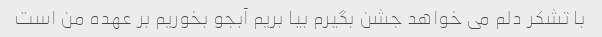
با تشکر دلم می خواهد جشن بگیرم بیا بریم آبجو بخوریم بر عهده من است